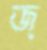
জ্